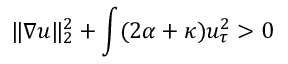
\| \nabla u \| _ { 2 } ^ { 2 } + \int ( 2 \alpha + \kappa ) u _ { \tau } ^ { 2 } > 0